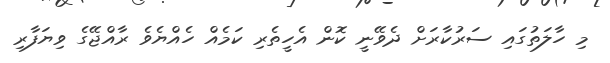
މި ހާލަތުގައި ސަރުކާރަށް ދެވޭނީ ކޮން އެހީތެރި ކަމެއް ހެއްޔެވެ ރާއްޖޭގެ ވިޔަފާރި